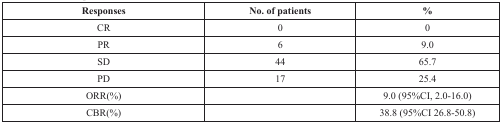
<table><thead><tr><td><b>Responses</b></td><td><b>No. of patients</b></td><td><b>%</b></td></tr></thead><tbody><tr><td>CR</td><td>0</td><td>0</td></tr><tr><td>PR</td><td>6</td><td>9.0</td></tr><tr><td>SD</td><td>44</td><td>65.7</td></tr><tr><td>PD</td><td>17</td><td>25.4</td></tr><tr><td>ORR(%)</td><td></td><td>9.0 (95%CI, 2.0-16.0)</td></tr><tr><td>CBR(%)</td><td></td><td>38.8 (95%CI 26.8-50.8)</td></tr></tbody></table>